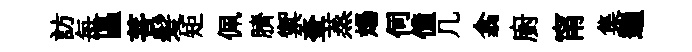
訪每區菩髪矩佩臍禦奎蒸煬伺僮几翕廚甯集遄